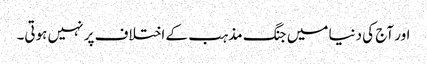
اور آج کی دنیا میں جنگ مذہب کے اختلاف پر نہیں ہوتی۔